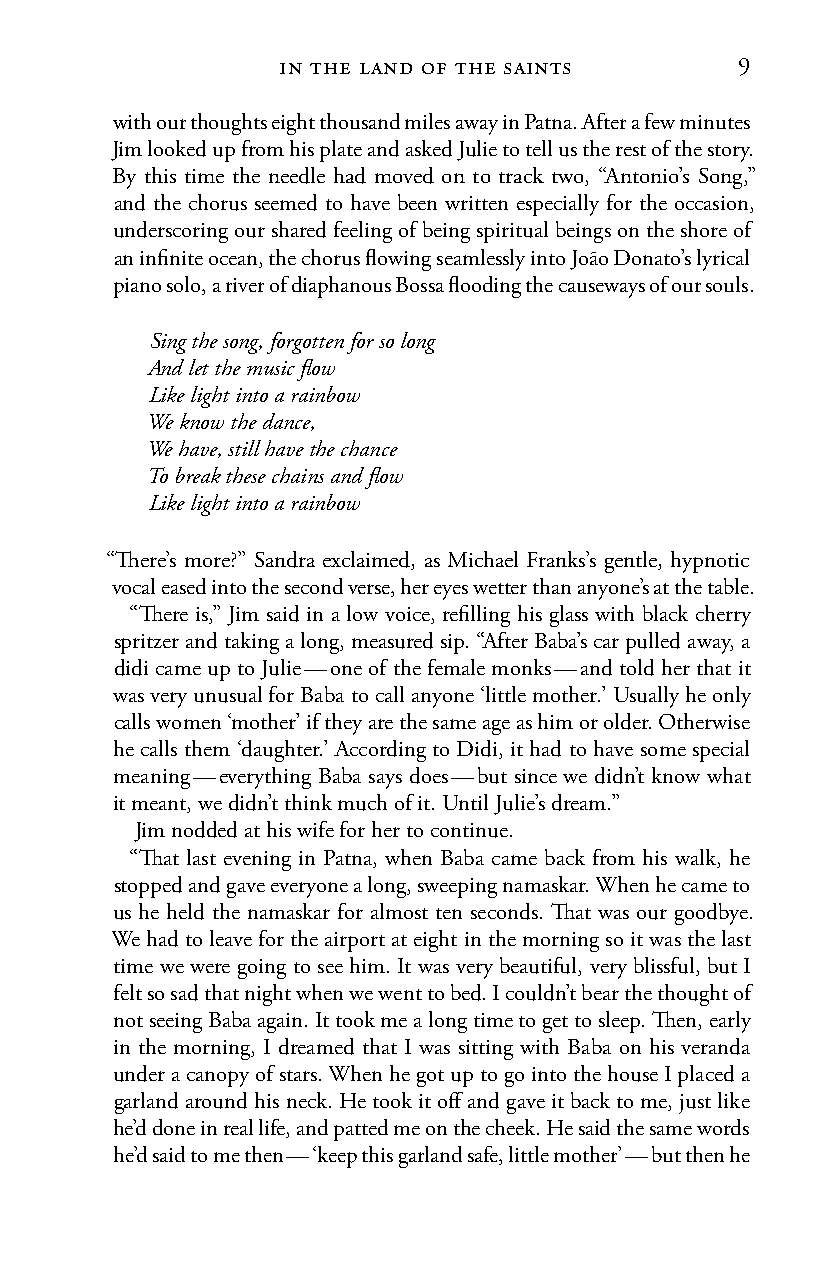
in the land of the saints      9
 with our thoughts eight thousand miles away in Patna. After a few minutes
 Jim looked up from his plate and asked Julie to tell us the rest of the story.
 By this time the needle had moved on to track two, “Antonio’s Song,”
 and the chorus seemed to have been written especially for the occasion,
 underscoring our shared feeling of being spiritual beings on the shore of
 an infinite ocean, the chorus flowing seamlessly into João Donato’s lyrical
 piano solo, a river of diaphanous Bossa flooding the causeways of our souls.
 Sing the song, forgotten for so long
 And let the music flow
 Like light into a rainbow
 We know the dance,
 We have, still have the chance
 To break these chains and flow
 Like light into a rainbow
 “There’s more?” Sandra exclaimed, as Michael Franks’s gentle, hypnotic
 vocal eased into the second verse, her eyes wetter than anyone’s at the table.
 “There is,” Jim said in a low voice, refilling his glass with black cherry
 spritzer and taking a long, measured sip. “After Baba’s car pulled away, a
 didi came up to Julie — one of the female monks — and told her that it
 was very unusual for Baba to call anyone ‘little mother.’ Usually he only
 calls women ‘mother’ if they are the same age as him or older. Otherwise
 he calls them ‘daughter.’ According to Didi, it had to have some special
 meaning — everything Baba says does — but since we didn’t know what
 it meant, we didn’t think much of it. Until Julie’s dream.”
 Jim nodded at his wife for her to continue.
 “That last evening in Patna, when Baba came back from his walk, he
 stopped and gave everyone a long, sweeping namaskar. When he came to
 us he held the namaskar for almost ten seconds. That was our goodbye.
 We had to leave for the airport at eight in the morning so it was the last
 time we were going to see him. It was very beautiful, very blissful, but I
 felt so sad that night when we went to bed. I couldn’t bear the thought of
 not seeing Baba again. It took me a long time to get to sleep. Then, early
 in the morning, I dreamed that I was sitting with Baba on his veranda
 under a canopy of stars. When he got up to go into the house I placed a
 garland around his neck. He took it off and gave it back to me, just like
 he’d done in real life, and patted me on the cheek. He said the same words
 he’d said to me then — ‘keep this garland safe, little mother’ — but then he